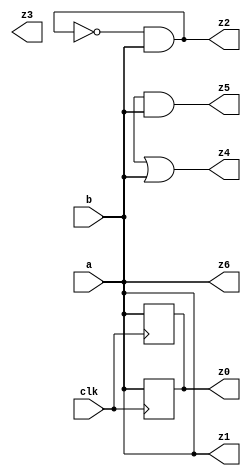

module check_fails_design(clk, a, b, z0, z1, z2, z3, z4, z5, z6);

	input               clk;

	input               a;
	input               b;
	output reg          z0;
    output              z1, z2, z3, z4, z5, z6;

    // z0 is driven by FF 'a' and FF 'b'
    always @(posedge clk)
        z0 <= a;

    always @(posedge clk)
        z0 <= b;

    // z1 is driven by wire 'a' and wire 'b'
    assign z1 = a;
    assign z1 = b;

    // Combinational loop which includes 'a' as input
    wire   comb2;
    assign comb2 = !z2 & a;
    assign z2 = comb2;

    // Combinational loop without any input
    wire   comb3;
    assign comb3 = !z3;
    assign z3 = comb3;

    // Undriven signal used to create z4 and z5
    wire   undriven;
    assign z4 = undriven | b;
    assign z5 = undriven & b;

    assign z6 = b;

endmodule